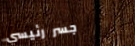
جسر رئيسي